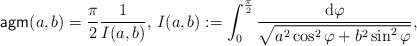
LaTeX: \begin{align*}\mathsf{agm}(a,b)=\frac{\pi}{2}\frac{1}{I(a,b)},\, I(a,b):=\int_0^{\frac{\pi}{2}}\frac{\mathrm{d}\varphi}{\sqrt{a^2\cos^2\varphi+b^2\sin^2\varphi}},\end{align*}